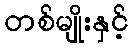
တစ်မျိုးနှင့်